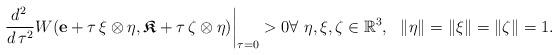
LaTeX: \begin{align*}\frac{d^2\, }{d\, \tau^2}W(\mathbf{e} + \tau \, \xi \otimes \eta, \boldsymbol{\mathfrak{K}} + \tau \, \zeta\otimes \eta)\bigg|_{\tau=0}>0 \forall\ \eta, \xi, \zeta \in \mathbb{R}^3, \ \ \lVert \eta\rVert=\lVert \xi\rVert=\lVert \zeta\rVert=1.\end{align*}